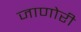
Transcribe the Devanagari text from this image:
जाणोरी